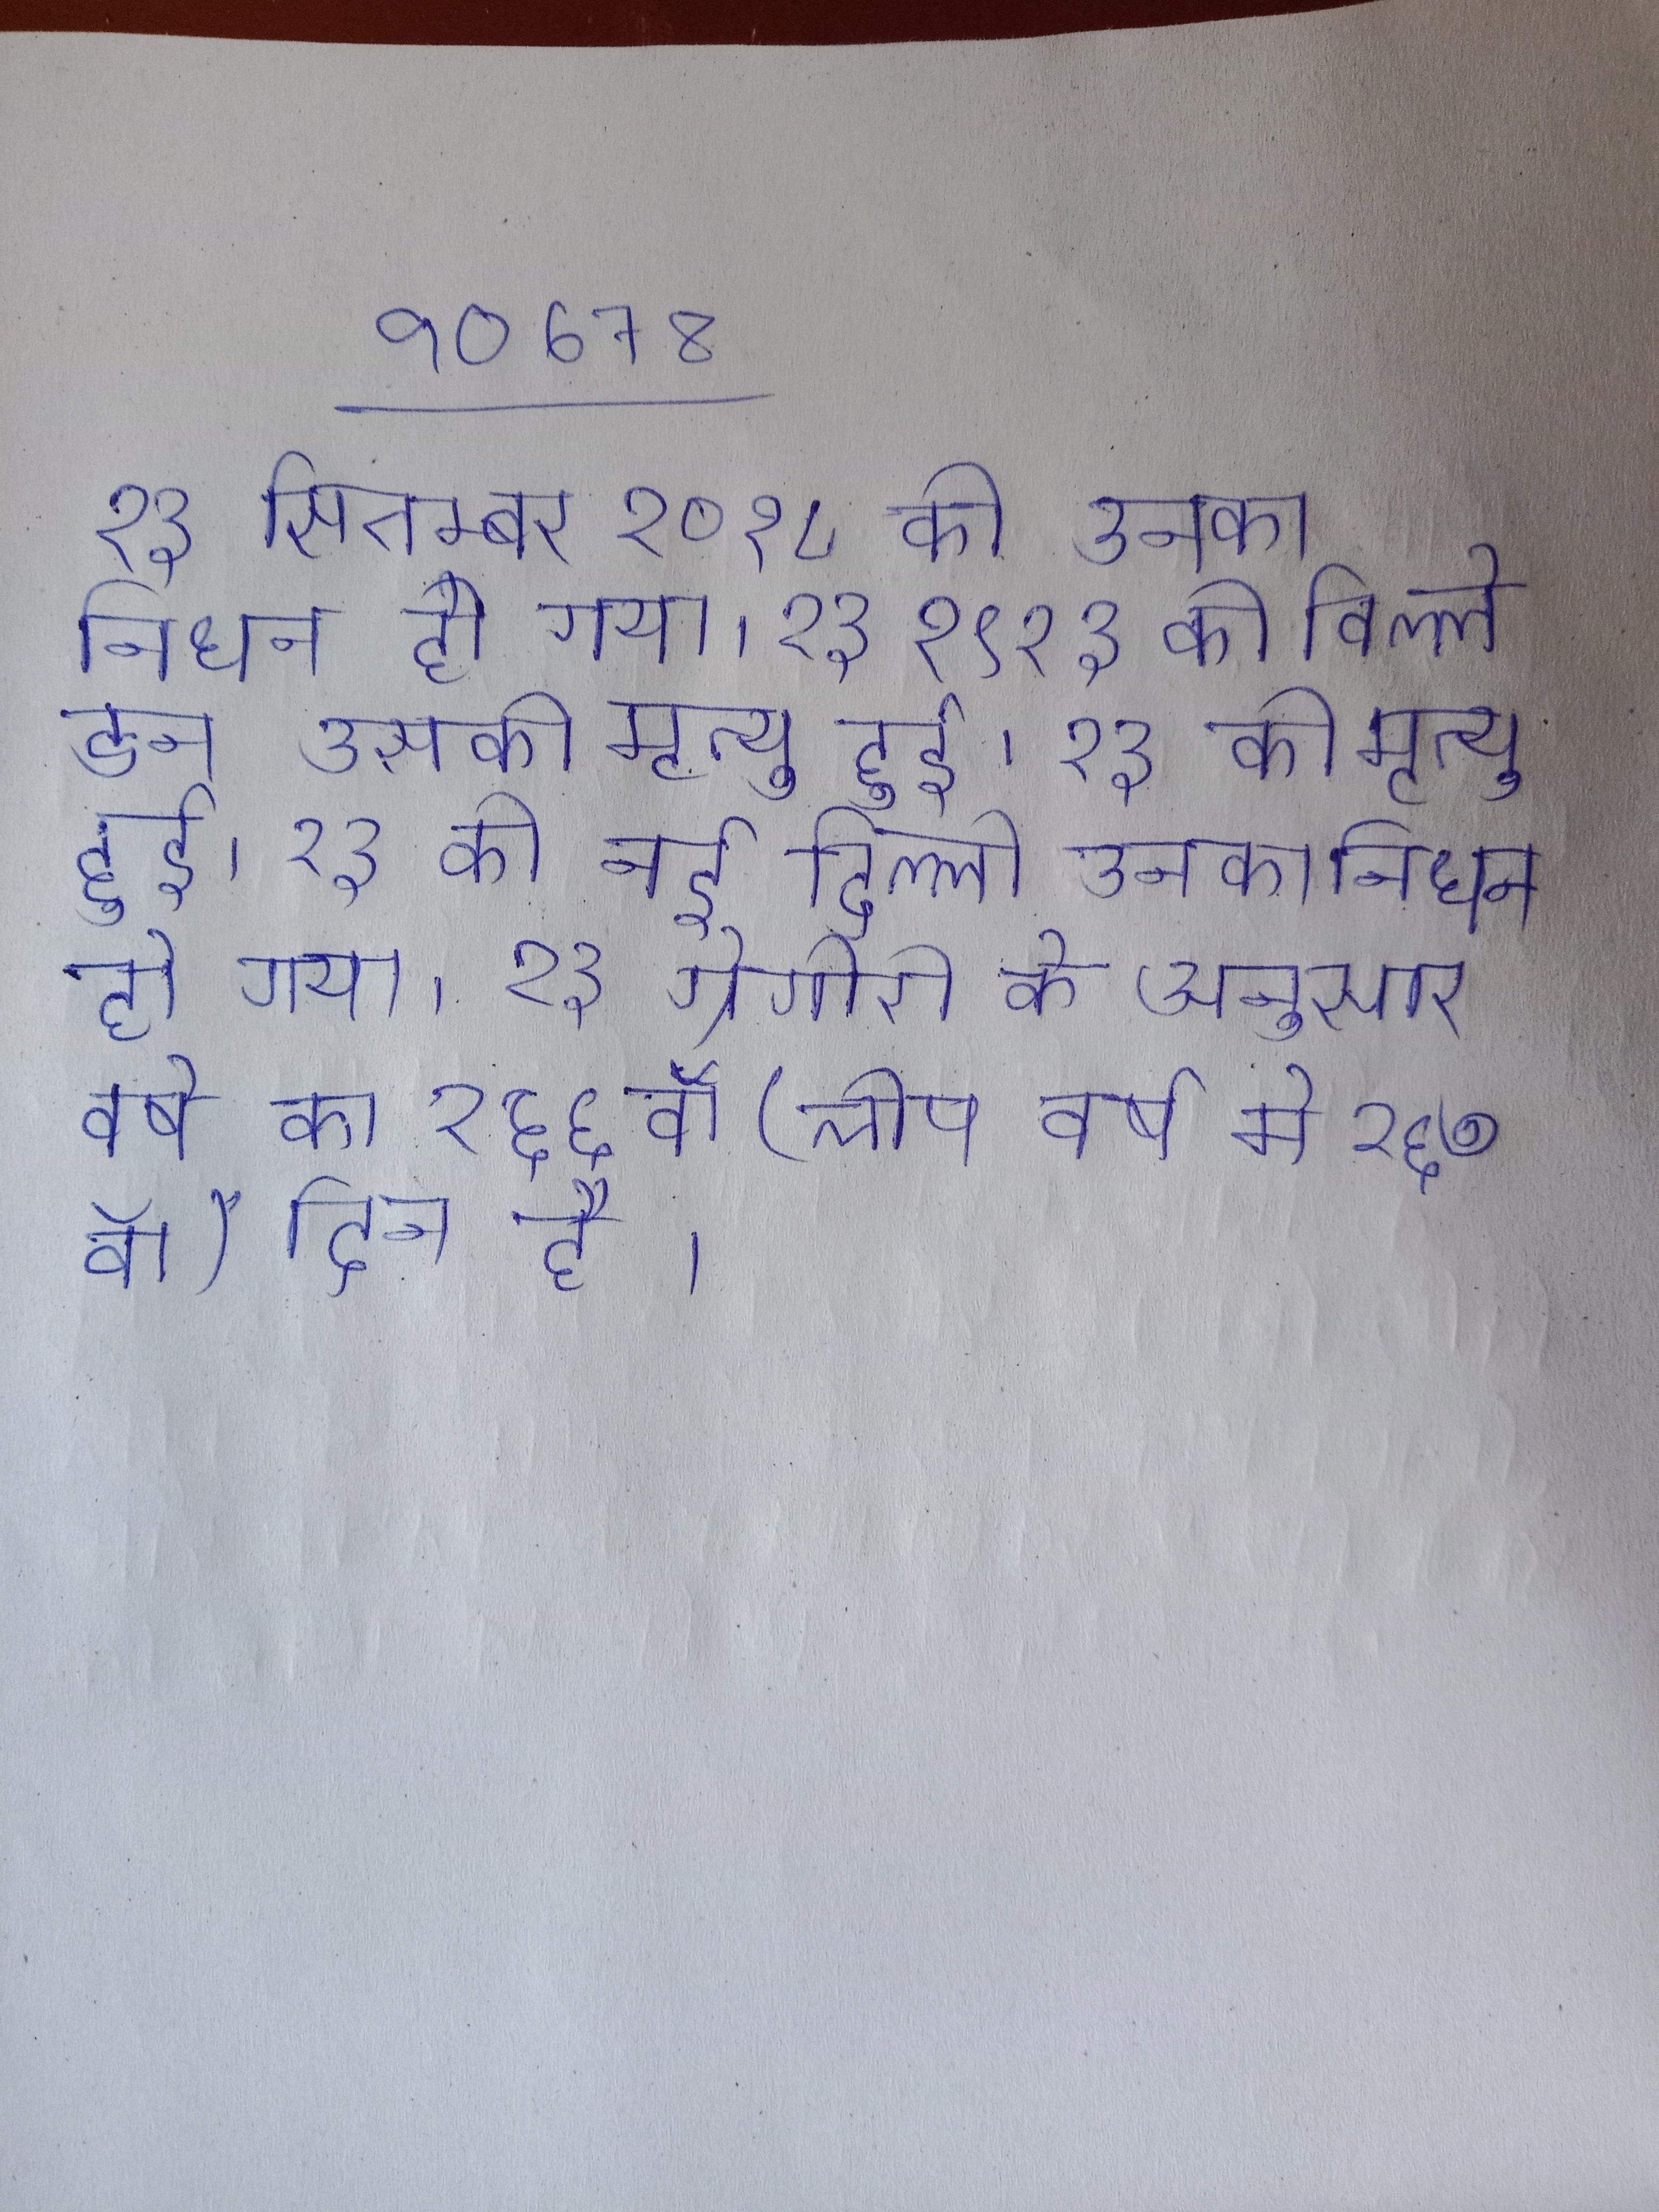
२३ सितम्बर २०१८ को उनका निधन हो गया । २३ १९२३ को विल्लेडन उसकी मृत्यु हुई । २३ को नई दिल्ली उनका निधन हो गया । २३ ग्रेगोरी के अनुसार वर्ष का २६६वॉ (लीप वर्ष मे २६७ वॉ) दिन है ।